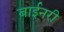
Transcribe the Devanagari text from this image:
बाईनरी